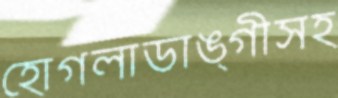
হোগলাডাঙ্গীসহ